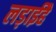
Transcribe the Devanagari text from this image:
लड़ाईहै